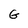
Character: G